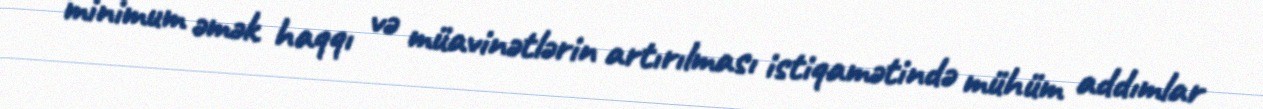
minimum əmək haqqı və müavinətlərin artırılması istiqamətində mühüm addımlar